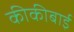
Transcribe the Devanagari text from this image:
कीकीबाई